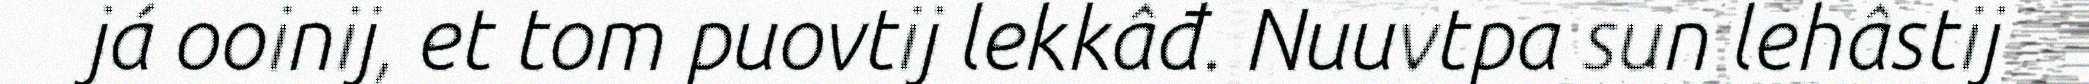
já ooinij, et tom puovtij lekkâđ. Nuuvtpa sun lehâstij